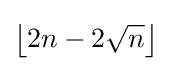
\left\lfloor 2n-2{\sqrt {n}}\right\rfloor